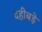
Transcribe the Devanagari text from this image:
दहीबड़े